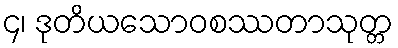
၄၊ ဒုတိယသောဝစဿတာသုတ္တ